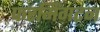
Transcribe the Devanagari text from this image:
फरमिंगटन